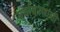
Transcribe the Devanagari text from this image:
पर्यावरणांशी